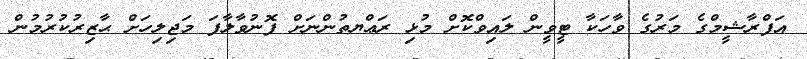
އަފްރާޝީމްގެ މަރުގެ ވާހަކާ ޓީވީން ލައިވްކޮށް މުޅި ރަޢްޔތުންނަށް ފޮނުވާލާފަ މަޖިލިހަށް ޙާޒިރުކުރުމުން